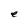
Character: e